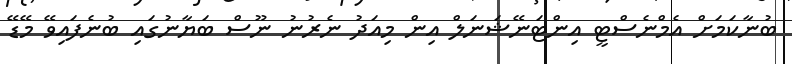
ބުނާކަމަށް އެމްނެސްޓީ އިންޓަނޭޝަނަލް އިން މިއަދު ނެރުނު ނޫސް ބަޔާނުގައި ބުނެފައިވޭ މޭޑޭ